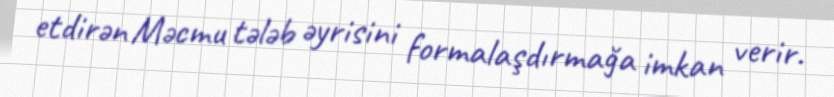
etdirən Məcmu tələb əyrisini formalaşdırmağa imkan verir.